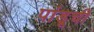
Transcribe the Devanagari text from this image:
पांडूची